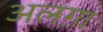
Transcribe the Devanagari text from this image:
अलग़ा